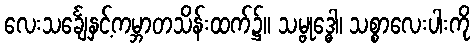
လေးသင်္ချေနှင့်ကမ္ဘာတသိန်းထက်၌။ သမ္ဗုဒ္ဓေါ၊ သစ္စာလေးပါးကို